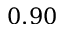
0 . 9 0